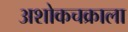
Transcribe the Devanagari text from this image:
अशोकचक्राला